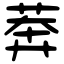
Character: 莾